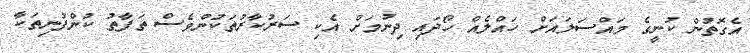
އެގޮތުން ކުނީގެ މައްސަލައަށް ހައްލެއް ހޯދައި ދިނުމަށް އެކި ސަރުކާރުތަކުންވެސް ތަފާތު ކުންފުނިތަކާ